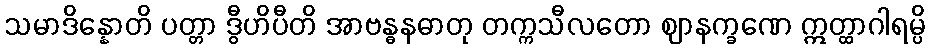
သမာဒိန္နောတိ ပတ္တာ ဒွီဟိပီတိ အာဗန္ဓနဓာတု တက္ကသီလတော ဈာနက္ခဏေ ဣတ္ထာဂါရမ္ပိ